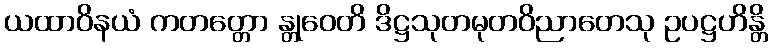
ယထာဝိနယံ ကတတ္တော န္တုဝေတိ ဒိဋ္ဌသုတမုတဝိညာတေသု ဥပဋ္ဌဟိန္တိ